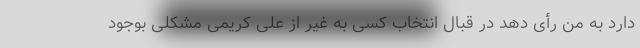
دارد به من رأی دهد در قبال انتخاب کسی به غیر از علی کریمی مشکلی بوجود